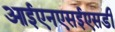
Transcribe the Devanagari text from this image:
आईएनएसईएसडी